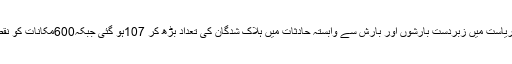
جس سے ریاست میں زبردست بارشوں اور بارش سے وابستہ حادثات میں ہلاک شدگان کی تعداد بڑھ کر 107ہو گئی جبکہ600مکانات کو نقصان پہنچا۔